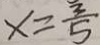
x = \frac { 3 } { 5 }